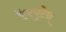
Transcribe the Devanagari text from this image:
ऐक्युटेन